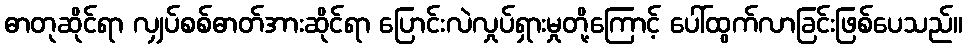
ဓာတုဆိုင်ရာ လျှပ်စစ်ဓာတ်အားဆိုင်ရာ ပြောင်းလဲလှုပ်ရှားမှုတို့ကြောင့် ပေါ်ထွက်လာခြင်းဖြစ်ပေသည်။